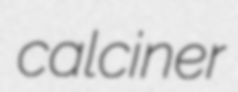
calciner